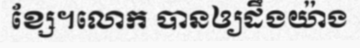
ខ្សែ។លោក បានឲ្យដឹងយ៉ាង